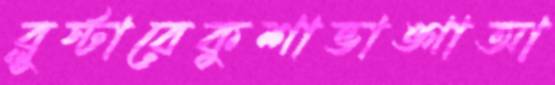
ব্লুস্টারেকুশাভাঙ্গাআ